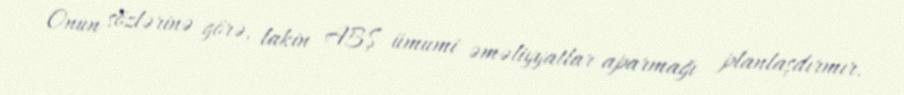
Onun sözlərinə görə, lakin ABŞ ümumi əməliyyatlar aparmağı planlaşdırmır.